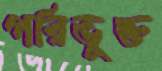
পরিভুক্ত